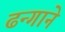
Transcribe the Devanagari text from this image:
ढन्गाने